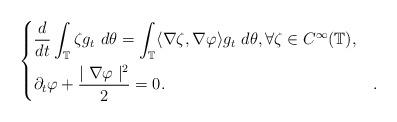
LaTeX: \begin{align*}\begin{dcases} \frac{d}{dt}\int_{\mathbb T}\zeta g_{t} ~ d\theta =\int_{\mathbb T} \langle \nabla\zeta, \nabla\varphi \rangle g_t ~ d\theta, \forall \zeta \in C^\infty(\mathbb T), & \\\partial_{t}\varphi+\frac{\mid\nabla\varphi\mid^{2}}{2}=0. & .\end{dcases}\end{align*}